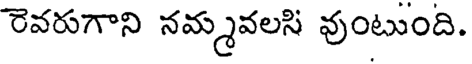
రెవరుగాని నమ్మవలసి వుంటుంది.